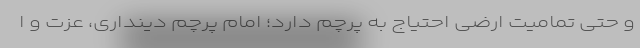
و حتی تمامیت ارضی احتیاج به پرچم دارد؛ امام پرچم دینداری، عزت و ا